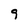
Character: 9